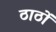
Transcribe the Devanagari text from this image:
ठाठों